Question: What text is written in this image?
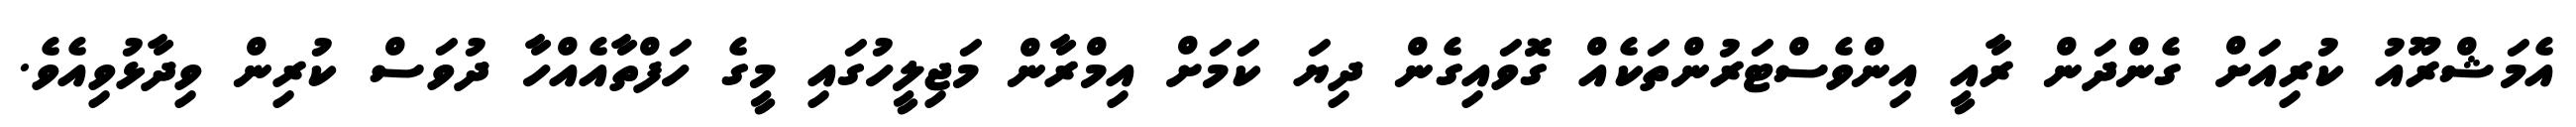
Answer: އެމަޝްރޫއު ކުރިއަށް ގެންދަން ރާއީ އިންވެސްޓަރުންތަކެއް ގޮވައިގެން ދިޔަ ކަމަށް އިމްރާން މަޖިލީހުގައި މީގެ ހަފްތާއެއްހާ ދުވަސް ކުރިން ވިދާޅުވިއެވެ.